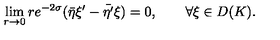
\lim _ { r \rightarrow 0 } r e ^ { - 2 \sigma } ( \bar { \eta } \xi ^ { \prime } - \bar { \eta ^ { \prime } } \xi ) = 0 , \qquad \forall \xi \in D ( K ) .